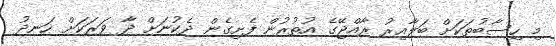
މި ހިސާބުތަކަށް ބަލާއިރު ރާއްޖޭގެ އުތުރުން ފެށިގެން ދެކުނަށް ދާ ވަރަކަށް ހަނދު